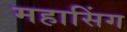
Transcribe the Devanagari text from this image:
महासिंग